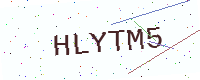
Text: HLYTM5